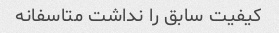
کیفیت سابق را نداشت متاسفانه